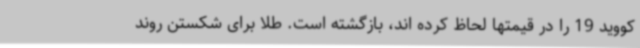
کووید 19 را در قیمتها لحاظ کرده اند، بازگشته است. طلا برای شکستن روند